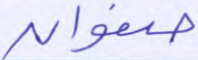
صفوان